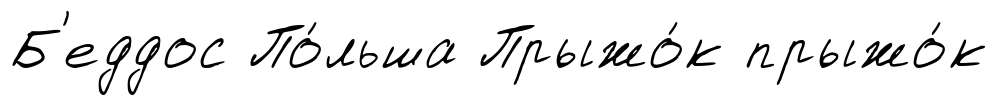
Б'еддос По́льша Прыжо́к прыжо́к